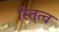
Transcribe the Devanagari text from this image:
स्तित्व